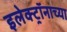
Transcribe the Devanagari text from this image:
इलेक्ट्रॉनाच्या